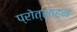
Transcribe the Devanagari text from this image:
प्रोत्साह्न